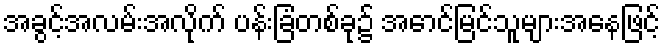
အခွင့်အလမ်းအလိုက် ပန်းခြံတစ်ခု၌ အောင်မြင်သူများအနေဖြင့်